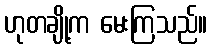
ဟုတချို့က မေးကြသည်။